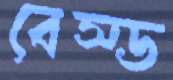
বেস্ড